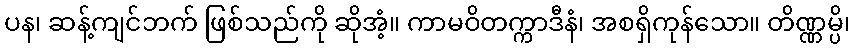
ပန၊ ဆန့်ကျင်ဘက် ဖြစ်သည်ကို ဆိုအံ့။ ကာမဝိတက္ကာဒီနံ၊ အစရှိကုန်သော။ တိဏ္ဏမ္ပိ၊